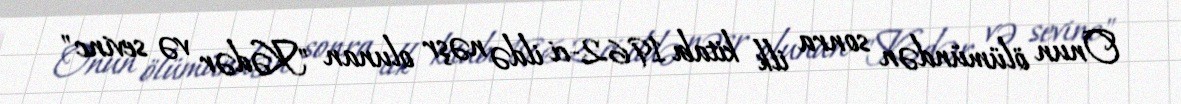
Onun ölümündən sonra ilk kitabı 1962-ci ildə nəşr olunan "Kədər və sevinc"